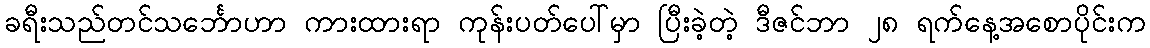
ခရီးသည်တင်သင်္ဘောဟာ ကားထားရာ ကုန်းပတ်ပေါ်မှာ ပြီးခဲ့တဲ့ ဒီဇင်ဘာ ၂၈ ရက်နေ့အစောပိုင်းက